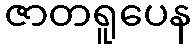
ဇာတရူပေန